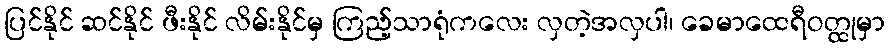
ပြင်နိုင် ဆင်နိုင် ဖီးနိုင် လိမ်းနိုင်မှ ကြည့်သာရုံကလေး လှတဲ့အလှပါ၊ ခေမာထေရီဝတ္ထုမှာ